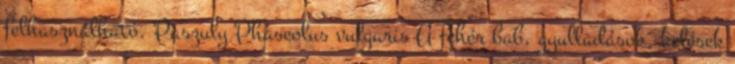
felhasználható. Paszuly Phaseolus vulgaris A fehér bab, gyulladások, kelések